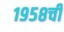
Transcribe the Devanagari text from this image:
१९५८ची